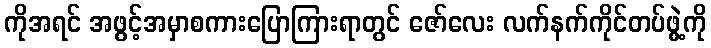
ကိုအရင် အဖွင့်အမှာစကားပြောကြားရာတွင် ဇော်လေး လက်နက်ကိုင်တပ်ဖွဲ့ကို